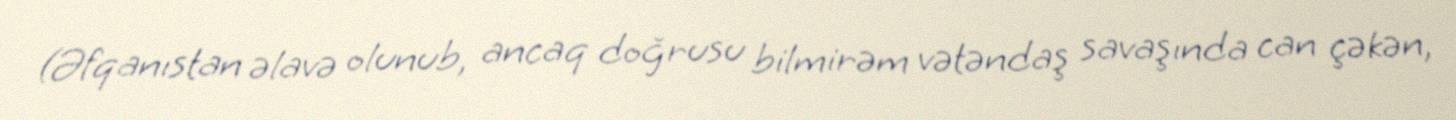
(Əfqanıstan əlavə olunub, ancaq doğrusu bilmirəm vətəndaş savaşında can çəkən,